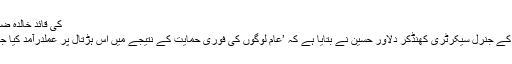
BNP کی قائد خالدہ ضیاء
بی این پی کے جنرل سیکرٹری کھنڈکر دلاور حسین نے بتایا ہے کہ ’عام لوگوں کی فوری حمایت کے نتیجے میں اِس ہڑتال پر عملدرآمد کیا جا رہا ہے‘۔